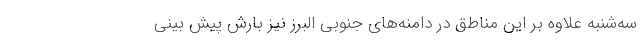
سه‌شنبه علاوه بر این مناطق در دامنه‌های جنوبی البرز نیز بارش پیش بینی